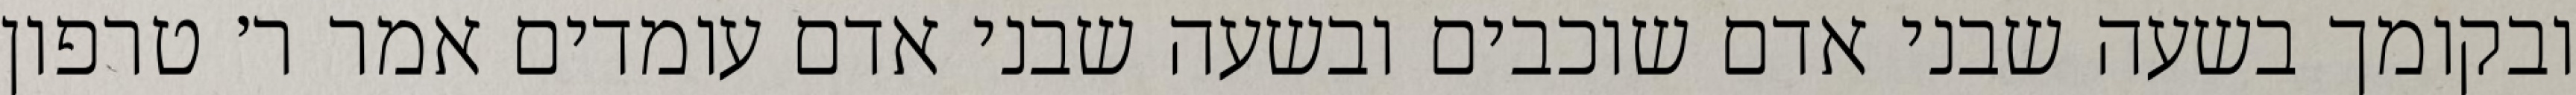
ובקומך בשעה שבני אדם שוכבים ובשעה שבני אדם עומדים אמר ר׳ טרפון